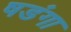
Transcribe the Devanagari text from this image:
षडंगा